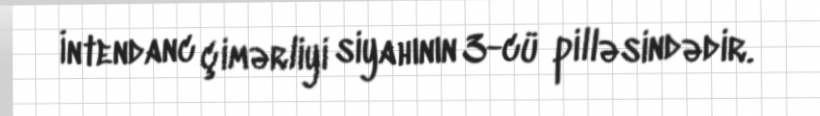
İntendanc çimərliyi siyahının 3-cü pilləsindədir.